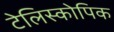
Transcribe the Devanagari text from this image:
टेलिस्कोपिक